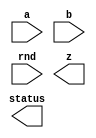

////////////////////////////////////////////////////////////////////////////////
//
//       This confidential and proprietary software may be used only
//     as authorized by a licensing agreement from Synopsys Inc.
//     In the event of publication, the following notice is applicable:
//
//                    (C) COPYRIGHT 2006 - 2013 SYNOPSYS INC.
//                           ALL RIGHTS RESERVED
//
//       The entire notice above must be reproduced on all authorized
//     copies.
//
//
// VERSION:   Verilog Simulation Model for DW_fp_div
//
// DesignWare_version: b22f5e44
// DesignWare_release: H-2013.03-DWBB_201303.2
//
////////////////////////////////////////////////////////////////////////////////

//-------------------------------------------------------------------------------
//
// ABSTRACT: Floating-Point Divider
//
//              DW_fp_div calculates the floating-point division
//              while supporting six rounding modes, including four IEEE
//              standard rounding modes.
//
//              parameters      valid values (defined in the DW manual)
//              ==========      ============
//              sig_width       significand size,  2 to 253 bits
//              exp_width       exponent size,     3 to 31 bits
//              ieee_compliance support the IEEE Compliance 
//                              0 - IEEE 754 compatible without denormal support
//                                  (NaN becomes Infinity, Denormal becomes Zero)
//                              1 - IEEE 754 compatible with denormal support
//                                  (NaN and denormal numbers are supported)
//              faithful_round  select the faithful_rounding that admits 1 ulp error
//                              0 - default value. it keeps all rounding modes
//                              1 - z has 1 ulp error. RND input does not affect
//                                  the output
//
//              Input ports     Size & Description
//              ===========     ==================
//              a               (sig_width + exp_width + 1)-bits
//                              Floating-point Number Input
//              b               (sig_width + exp_width + 1)-bits
//                              Floating-point Number Input
//              rnd             3 bits
//                              Rounding Mode Input
//
//              Output ports    Size & Description
//              ============    ==================
//              z               (sig_width + exp_width + 1)-bits
//                              Floating-point Number Output
//              status          8 bits
//                              Status Flags Output
//
// Modified:
//             Fixed the rounding error of denormal numbers 
//             when ieee_compliance = 1
//           Oct. 18. 2007 Kyung-Nam Han from 0712
//             Fixed the 'divide by zero' flag when 0/0 
//           Jan.  2. 2008 Kyung-Nam Han from 0712-SP1
//             New parameter, faithful_round, is introduced
//           Jun.  4. 2010 Kyung-Nam Han (from D-2010.03-SP3)
//             Removed VCS error [IRIPS] when sig_width = 2 and 3.
//
//-----------------------------------------------------------------------------

module DW_fp_div_48 (a, b, rnd, z, status);

  parameter sig_width = 17;      // range 2 to 253
  parameter exp_width = 6;       // range 3 to 31
  parameter ieee_compliance = 0; // range 0 to 1
  parameter faithful_round = 0;  // range 0 to 1

  input  [sig_width + exp_width:0] a;
  input  [sig_width + exp_width:0] b;
  input  [2:0] rnd;
  output [sig_width + exp_width:0] z;
  output [7:0] status;

  // synopsys translate_off



  //-------------------------------------------------------------------------
  // parameter legality check
  //-------------------------------------------------------------------------
    
  initial begin : parameter_check
    integer param_err_flg;

    param_err_flg = 0;
    
      
    if ( (sig_width < 2) || (sig_width > 253) ) begin
      param_err_flg = 1;
      $display(
	"ERROR: %m :\n  Invalid value (%d) for parameter sig_width (legal range: 2 to 253)",
	sig_width );
    end
      
    if ( (exp_width < 3) || (exp_width > 31) ) begin
      param_err_flg = 1;
      $display(
	"ERROR: %m :\n  Invalid value (%d) for parameter exp_width (legal range: 3 to 31)",
	exp_width );
    end
      
    if ( (ieee_compliance < 0) || (ieee_compliance > 1) ) begin
      param_err_flg = 1;
      $display(
	"ERROR: %m :\n  Invalid value (%d) for parameter ieee_compliance (legal range: 0 to 1)",
	ieee_compliance );
    end
      
    if ( (faithful_round < 0) || (faithful_round > 1) ) begin
      param_err_flg = 1;
      $display(
	"ERROR: %m :\n  Invalid value (%d) for parameter faithful_round (legal range: 0 to 1)",
	faithful_round );
    end
    
    if ( param_err_flg == 1) begin
      $display(
        "%m :\n  Simulation aborted due to invalid parameter value(s)");
      $finish;
    end

  end // parameter_check
  //-------------------------------------------------------------------------


  function [4-1:0] OIIlOlO1;
  
    input [2:0] rnd;
    input [0:0] I101O11O;
    input [0:0] I11110O0,O10110O1,O011IOO0;

    begin
      OIIlOlO1[0] = 0;
      OIIlOlO1[1] = O10110O1|O011IOO0;
      OIIlOlO1[2] = 0;
      OIIlOlO1[3] = 0;
      
      if ($time > 0)
      begin
        case (rnd)
          3'b000:
          begin
            // round to nearest (even)
            OIIlOlO1[0] = O10110O1&(I11110O0|O011IOO0);
            OIIlOlO1[2] = 1;
            OIIlOlO1[3] = 0;
          end
          3'b001:
          begin
            // round to zero
            OIIlOlO1[0] = 0;
            OIIlOlO1[2] = 0;
            OIIlOlO1[3] = 0;
          end
          3'b010:
          begin
            // round to positive infinity
            OIIlOlO1[0] = ~I101O11O & (O10110O1|O011IOO0);
            OIIlOlO1[2] = ~I101O11O;
            OIIlOlO1[3] = ~I101O11O;
          end
          3'b011:
          begin
            // round to negative infinity
            OIIlOlO1[0] = I101O11O & (O10110O1|O011IOO0);
            OIIlOlO1[2] = I101O11O;
            OIIlOlO1[3] = I101O11O;
          end
          3'b100:
          begin
            // round to nearest (up)
            OIIlOlO1[0] = O10110O1;
            OIIlOlO1[2] = 1;
            OIIlOlO1[3] = 0;
          end
          3'b101:
          begin
            // round away form 0
            OIIlOlO1[0] = O10110O1|O011IOO0;
            OIIlOlO1[2] = 1;
            OIIlOlO1[3] = 1;
          end
          default:
          begin
            $display("error! illegal rounding mode.\n");
            $display("a : %b", a);
            $display("rnd : %b", rnd);
          end
        endcase
      end
    end
  endfunction

  reg [(exp_width + sig_width):0] IOOIlI0I;
  reg [exp_width-1:0] l1l1O100,lO101111;
  reg [exp_width+1:0] lI00O00I;
  reg IOO1O01O;
  reg [exp_width+1:0] O10101O1;
  reg I1O1O11O;
  reg [exp_width+1:0] lO1O0OI1;
  reg signed [exp_width+1:0] IO10IOO1;
  reg l10OO10O;
  reg [sig_width:0] OlOO00lO,OOIl0010,IOOl0lII,l11Illl0,lO001Ol0;
  reg [sig_width:0] I0OI1lO0;
  reg [(2 * sig_width + 2)  :0] IOIlII10;
  reg [sig_width:0] O10110O1;
  reg O011IOO0,I101O11O;
  reg [1:0] lO011100;
  reg [4-1:0] I11IO1I1;
  reg [8    -1:0] OO000O0O;
  reg [(exp_width + sig_width):0] O00OO1I0;
  reg [(exp_width + sig_width):0] IIl1O10O;
  reg I00lIO1l;
  reg lOI111I1;
  reg O100O11l;
  reg l10OO1I0;
  reg l1O1Ol0O;
  reg I000lO00;
  reg l1OllI0I;
  reg lO00I10I;
  reg IIIl11O1;
  reg [sig_width - 1:0] OOO111OO;
  reg [sig_width - 1:0] l000I1O0;
  reg [7:0] O00O1Ol1;
  reg [7:0] II01O1O0;
  reg [exp_width + 1:0] OIIO0OOl;
  reg [sig_width:0] l0III011;
  reg [sig_width:0] OO0lIO1O;
  reg [sig_width:0] II0IIO1O;
  reg [8:0] O1lO00O0;
  reg [8:0] I0I0Il0O;
  reg [9:0] l110l11I;
  reg [sig_width + 9:0] IO00O1O1;
  reg IOOlIOOO;
  reg [8:0] OOI10OIO;
  reg [sig_width + 9:0] l0IO1lOO;
  reg [sig_width + 1:0] OO0OO1I0;
  reg [2 * sig_width - 7:0] O00OI010;
  reg [sig_width + 3:0] IOIlOO00;
  reg [sig_width + 3:0] O0O0IIII;
  reg [sig_width + 3:0] II11llO0;
  reg l0101100;
  reg [sig_width + 3:0] l0I1OOll;
  reg [((sig_width >= 11) ? 2 * sig_width - 21 : 0):0] OIlI10I1;
  reg [((sig_width >= 11) ? sig_width - 11 : 0):0] Ol1O10O0;
  reg [((sig_width >= 11) ? 2 * sig_width - 21 : 0):0] O1l11OIO;
  reg [sig_width + 3:0] Il101Il1;
  reg IOll10OO;
  reg [sig_width + 3:0] O0l0O011;
  reg [((sig_width >= 25) ? sig_width - 25 : 0):0] OOO01OO1;
  reg [((sig_width >= 24) ? 2 * sig_width - 47 : 0):0] O0O1011O;
  reg [((sig_width >= 24) ? 2 * sig_width - 47 : 0):0] llOO0II1;
  reg [((sig_width >= 25) ? sig_width - 25 : 0):0] O010I0IO;
  reg [sig_width + 3:0] OOOl110I;
  reg O00O00O1;
  reg [sig_width + 3:0] lI100I0I;
  reg [8:0] I10l01Il;
  reg [sig_width + 3:0] O1O0011O;
  reg [sig_width + 3:0] O1O1O01l;
  reg [sig_width + 3:0] l0I1OI0l;
  reg [8:8 - sig_width] IIOI0lOO;
  reg [sig_width:0] O11OOOOl;
  reg [sig_width:0] OO1110O0;
  reg [sig_width:0] I01II0I0;
  reg [sig_width:0] IOIOI010;
  reg IOO101lO;
  reg OlIlOOIO;
  reg I010IlI0;
  reg I11OIl0O;
  reg Ol01O010;


  always @(a or b or rnd) begin
    I101O11O = a[(exp_width + sig_width)] ^ b[(exp_width + sig_width)];
    l1l1O100 = a[((exp_width + sig_width) - 1):sig_width];
    lO101111 = b[((exp_width + sig_width) - 1):sig_width];
    OOO111OO = a[(sig_width - 1):0];
    l000I1O0 = b[(sig_width - 1):0];
    O00O1Ol1 = 0;
    II01O1O0 = 0;
    I0OI1lO0 = 0;

    OO000O0O = 0;

    // division table for special inputs
    //
    //  -------------------------------------------------
    //         a      /       b      |       result
    //  -------------------------------------------------
    //        nan     |      any     |        nan
    //        any     |      nan     |        nan
    //        inf     |      inf     |        nan
    //         0      |       0      |        nan
    //        inf     |      any     |        inf
    //        any     |       0      |        inf
    //         0      |      any     |         0
    //        any     |      inf     |         0
    //  -------------------------------------------------
    // when ieee_compliance = 0, 
    // denormal numbers are considered as zero and 
    // nans are considered as infinity

    if (ieee_compliance)
    begin
      I00lIO1l = (l1l1O100 == ((((1 << (exp_width-1)) +16) * 2) + 1)) & (OOO111OO == 0);
      lOI111I1 = (lO101111 == ((((1 << (exp_width-1)) +16) * 2) + 1)) & (l000I1O0 == 0);
      O100O11l = (l1l1O100 == ((((1 << (exp_width-1)) +16) * 2) + 1)) & (OOO111OO != 0);
      l10OO1I0 = (lO101111 == ((((1 << (exp_width-1)) +16) * 2) + 1)) & (l000I1O0 != 0);
      l1O1Ol0O = (l1l1O100 == 0) & (OOO111OO == 0);
      I000lO00 = (lO101111 == 0) & (l000I1O0 == 0);
      l1OllI0I = (l1l1O100 == 0) & (OOO111OO != 0);
      lO00I10I = (lO101111 == 0) & (l000I1O0 != 0);

      O00OO1I0 = {I101O11O, {(exp_width){1'b1}}, {(sig_width){1'b0}}}; 
      IIl1O10O = {1'b0, {(exp_width){1'b1}}, {(sig_width - 1){1'b0}}, 1'b1};
    end
    else
    begin
      I00lIO1l = (l1l1O100 == ((((1 << (exp_width-1)) +16) * 2) + 1));
      lOI111I1 = (lO101111 == ((((1 << (exp_width-1)) +16) * 2) + 1));
      O100O11l = 0;
      l10OO1I0 = 0;
      l1O1Ol0O = (l1l1O100 == 0);
      I000lO00 = (lO101111 == 0);
      l1OllI0I = 0;
      lO00I10I = 0;

      O00OO1I0 = {I101O11O, {(exp_width){1'b1}}, {(sig_width){1'b0}}};
      IIl1O10O = {1'b0, {(exp_width){1'b1}}, {(sig_width){1'b0}}};
    end

    //OO000O0O[7] = I000lO00 & ~l1O1Ol0O; 
    OO000O0O[7] = (ieee_compliance) ?
            I000lO00 & ~(l1O1Ol0O | O100O11l | I00lIO1l) :
            I000lO00 & ~(l1O1Ol0O | O100O11l); 

    if (O100O11l || l10OO1I0 || (I00lIO1l && lOI111I1) || (l1O1Ol0O && I000lO00))
    begin
      IOOIlI0I = IIl1O10O;
      OO000O0O[2] = 1;
    end
    else if (I00lIO1l || I000lO00)
    begin
      IOOIlI0I = O00OO1I0;
      OO000O0O[1] = 1;
    end
    else if (l1O1Ol0O || lOI111I1)
    begin
      OO000O0O[0] = 1;
      IOOIlI0I = 0;
      IOOIlI0I[(exp_width + sig_width)] = I101O11O;
    end
  
    else
    begin
      if (ieee_compliance) 
      begin

        if (l1OllI0I) 
        begin
          OlOO00lO = {1'b0, a[(sig_width - 1):0]};

          while(OlOO00lO[sig_width] != 1)
          begin
            OlOO00lO = OlOO00lO << 1;
            O00O1Ol1 = O00O1Ol1 + 1;
          end
        end 
        else
        begin
          OlOO00lO = {1'b1, a[(sig_width - 1):0]};
        end

        if (lO00I10I) 
        begin
          OOIl0010 = {1'b0, b[(sig_width - 1):0]};
          while(OOIl0010[sig_width] != 1)
          begin
            OOIl0010 = OOIl0010 << 1;
            II01O1O0 = II01O1O0 + 1;
          end
        end 
        else
        begin
          OOIl0010 = {1'b1, b[(sig_width - 1):0]};
        end
      end
      else
      begin
        OlOO00lO = {1'b1, a[(sig_width - 1):0]};
        OOIl0010 = {1'b1, b[(sig_width - 1):0]};
      end

      I010IlI0 = (OlOO00lO == OOIl0010);
      Ol01O010 = (OOIl0010[sig_width - 1:0] == 0);
      l0III011 = OlOO00lO;
      OO0lIO1O = (ieee_compliance) ? OOIl0010 : {1'b1, l000I1O0};
      II0IIO1O = (faithful_round) ? OO0lIO1O : {OO0lIO1O, 1'b0};
      O1lO00O0 = (sig_width >= 9) ? II0IIO1O[sig_width - 1:((sig_width >= 9) ? sig_width - 9 : 0)] : {II0IIO1O[sig_width - 1:0], {(((sig_width >= 9) ? 1 : 9 - sig_width)){1'b0}}};
      l110l11I = {1'b1, O1lO00O0[8:0]};
      I0I0Il0O = {1'b1, 18'b0} / (l110l11I + 1);
      IO00O1O1 = I0I0Il0O * l0III011;
      IOOlIOOO = IO00O1O1[sig_width + 9];
      OOI10OIO = (IOOlIOOO) ? IO00O1O1[sig_width + 9:sig_width + 1] : IO00O1O1[sig_width + 8:sig_width];
      l0IO1lOO = II0IIO1O * I0I0Il0O;
      OO0OO1I0 = ~l0IO1lOO[sig_width + 1:0];
      O00OI010 = IO00O1O1[((sig_width <= 3) ? 0 : sig_width + 9):((sig_width <= 3) ? 0 : 13)] * OO0OO1I0[((sig_width <= 3) ? 0 : sig_width + 1):((sig_width <= 3) ? 0 : 5)];
      IOIlOO00 = IO00O1O1[sig_width + 9:6];
      O0O0IIII = {6'b0, O00OI010[2 * (sig_width - 3) - 1:2 * (sig_width - 3) - 1 - sig_width + 5 - 1]};
      II11llO0 = IOIlOO00 + O0O0IIII;
      l0101100 = II11llO0[sig_width + 3];
      l0I1OOll = (sig_width <= 14) ? ((l0101100) ? II11llO0 : {II11llO0[sig_width + 2:0], 1'b0}) : II11llO0;
      OIlI10I1 = (sig_width >= 11) ? OO0OO1I0[((sig_width >= 11) ? sig_width + 1 : 0):((sig_width >= 11) ? 12 : 0)] * OO0OO1I0[((sig_width >= 11) ? sig_width + 1 : 0):((sig_width >= 11) ? 12 : 0)] : 0;
      Ol1O10O0 = (sig_width >= 11) ? OIlI10I1[((sig_width >= 11) ? 2 * sig_width - 21 : 0):((sig_width >= 11) ? sig_width - 10 : 0)] : 0;
      O1l11OIO = (sig_width >= 11) ? l0I1OOll[((sig_width >= 11) ? sig_width + 3 : 0):((sig_width >= 11) ? 14 : 0)] * Ol1O10O0 : 0;
      Il101Il1 = l0I1OOll + O1l11OIO[((sig_width >= 11) ? 2 * sig_width - 21 : 0):((sig_width >= 11) ? sig_width - 10 : 0)];
      IOll10OO = Il101Il1[sig_width + 3];
      O0l0O011 = (sig_width <= 30) ? ((IOll10OO) ? Il101Il1 : {Il101Il1[sig_width + 2:0], 1'b0}) : Il101Il1;
      OOO01OO1 = (sig_width >= 25) ? Ol1O10O0[((sig_width >= 25) ? sig_width - 11 : 0):((sig_width >= 25) ? 13 : 0)] : 0;
      O0O1011O = OOO01OO1 * OOO01OO1;
      llOO0II1 = (sig_width >= 25) ? O0l0O011[((sig_width >= 25) ? sig_width + 3 : 0):((sig_width >= 25) ? 27 : 0)] * O0O1011O[((sig_width >= 25) ? 2 * sig_width - 47 : 0):((sig_width >= 25) ? sig_width - 23 : 0)] : 0;
      O010I0IO = (sig_width >= 25) ? llOO0II1[((sig_width >= 25) ? 2 * sig_width - 47 : 0):((sig_width >= 25) ? sig_width - 22 : 0)] : 0;
      OOOl110I = O0l0O011 + O010I0IO;
      O00O00O1 = OOOl110I[sig_width + 3];
      lI100I0I = ((O00O00O1) ? OOOl110I : {OOOl110I[sig_width + 2:0], 1'b0});
      I10l01Il = (sig_width == 8) ? OOI10OIO + 1 : 
               (sig_width < 8)  ? OOI10OIO + {1'b1, {(((sig_width >= 8) ? 1 : ((sig_width >= 8) ? 0 : 8 - sig_width - 1) + 1)){1'b0}}} : 
                                  0;
      O1O0011O = l0I1OOll + 4'b1000;
      O1O1O01l = O0l0O011 + 4'b1000;
      l0I1OI0l = lI100I0I + 4'b1000;
      IIOI0lOO = (sig_width == 8)  ? OOI10OIO[8:0] : 
                   (OOI10OIO[((sig_width >= 8) ? 0 : 8 - sig_width - 1)]) ? I10l01Il[8:((sig_width >= 8) ? 0 : 8 - sig_width - 1) + 1] : 
                                       OOI10OIO[8:((sig_width >= 8) ? 0 : 8 - sig_width - 1) + 1];
      O11OOOOl = (l0I1OOll[2]) ? O1O0011O[sig_width + 3:3] : l0I1OOll[sig_width + 3:3];
      OO1110O0 = (O0l0O011[2]) ? O1O1O01l[sig_width + 3:3] : O0l0O011[sig_width + 3:3];
      I01II0I0 = (lI100I0I[2]) ? l0I1OI0l[sig_width + 3:3] : lI100I0I[sig_width + 3:3];
      IOIOI010 = (sig_width <= 8) ? IIOI0lOO : (sig_width <= 14) ? O11OOOOl : (sig_width <= 30) ? OO1110O0 : I01II0I0;
      I11OIl0O = (faithful_round) ? (IOIOI010 == 0) : 0;
      IOO101lO = (sig_width <= 8) ? IOOlIOOO: (sig_width <= 14) ? l0101100 : (sig_width <= 30) ? IOll10OO : O00O00O1;
      OlIlOOIO = ~I010IlI0 & (l000I1O0 != 0);

      IOIlII10 = {OlOO00lO,{(sig_width + 2){1'b0}}} / OOIl0010;
      O10110O1 = (faithful_round) ? OlIlOOIO : {OlOO00lO,{(sig_width + 2){1'b0}}} % OOIl0010;

      lI00O00I = (l1l1O100 - O00O1Ol1 + l1OllI0I) - (lO101111 - II01O1O0 + lO00I10I) + ((1 << (exp_width-1)) +16);
      O10101O1 = lI00O00I-1;

      l11Illl0 = (faithful_round) ?
                   ((Ol01O010 & ~ieee_compliance) ? l0III011 : IOIOI010) :
                   ((~IOIlII10[(sig_width + 2)]) ? IOIlII10[(sig_width + 2) - 1:1] : IOIlII10[(sig_width + 2):2]);
      lO011100 = ~IOIlII10[(sig_width + 2)] ? IOIlII10[1:0] : IOIlII10[2:1];
      IO10IOO1 = ~IOIlII10[(sig_width + 2)] ? O10101O1 : lI00O00I;
      IIIl11O1 = ((IO10IOO1 <= 0) | (IO10IOO1[exp_width + 1] == 1));
      O011IOO0 = (faithful_round) ? 
              ((Ol01O010 | I010IlI0) & ~IIIl11O1 ? 0 : 1) :
              ((O10110O1===0)?1'b0:1'b1); 


      if (ieee_compliance) begin
        if ((IO10IOO1 <= 0) | (IO10IOO1[exp_width + 1] == 1)) begin

          OIIO0OOl = 1 - IO10IOO1;
        
          {l11Illl0, I0OI1lO0} = {l11Illl0, {(sig_width + 1){1'b0}}} >> OIIO0OOl;

          if (OIIO0OOl > sig_width + 1) begin
            O011IOO0 = 1;
          end

          lO011100[1] = l11Illl0[0];
          lO011100[0] = I0OI1lO0[sig_width];

          if (I0OI1lO0[sig_width - 1:0] != 0) begin
            O011IOO0 = 1;
          end
        end
      end

      I11IO1I1 = OIIlOlO1(rnd, I101O11O, lO011100[1], lO011100[0], O011IOO0);
   
      lO001Ol0 = (faithful_round) ? l11Illl0 :
                    (I11IO1I1[0] === 1)? (l11Illl0+1):l11Illl0;

      if ((IO10IOO1 >= ((((1 << (exp_width-1)) +16) * 2) + 1)) & (IO10IOO1[exp_width+1] === 1'b0))
      begin
        OO000O0O[4] = 1;
        OO000O0O[5] = 1;
        if(I11IO1I1[2] === 1)
        begin
          IOOl0lII = O00OO1I0[sig_width:0];
          lO1O0OI1 = ((((1 << (exp_width-1)) +16) * 2) + 1);
          OO000O0O[1] = 1;
        end
        else
        begin
          IOOl0lII = -1;
          lO1O0OI1 = ((((1 << (exp_width-1)) +16) * 2) + 1) - 1;
        end
      end
  
      else if ((IO10IOO1 <= 0) | (IO10IOO1[exp_width+1] === 1'b1)) begin
        OO000O0O[3] = 1;

        if (ieee_compliance == 0) begin
          OO000O0O[5] = 1;

          if(I11IO1I1[3] === 1) begin
            IOOl0lII = 0;
            lO1O0OI1 = 0 + 1;
          end
          else begin
            IOOl0lII = 0;
            lO1O0OI1 = 0;
            OO000O0O[0] = 1;
          end
        end
        else begin
          IOOl0lII = lO001Ol0;

          lO1O0OI1 = lO001Ol0[sig_width];

        end
      end
      else begin
        IOOl0lII = (I010IlI0 & faithful_round) ? 0 : lO001Ol0;
        lO1O0OI1 = IO10IOO1;
      end

      if ((IOOl0lII[sig_width - 1:0] == 0) & (lO1O0OI1[exp_width - 1:0] == 0)) begin
        OO000O0O[0] = 1;
      end
  
      OO000O0O[5] = OO000O0O[5] | I11IO1I1[1];
   
      IOOIlI0I = {I101O11O,lO1O0OI1[exp_width-1:0],IOOl0lII[sig_width-1:0]};
    end
  end
   
  assign status = ((^(a ^ a) !== 1'b0) || (^(b ^ b) !== 1'b0) || (^(rnd ^ rnd) !== 1'b0)) ? {8'bx} : OO000O0O;
  assign z = ((^(a ^ a) !== 1'b0) || (^(b ^ b) !== 1'b0) || (^(rnd ^ rnd) !== 1'b0)) ? {8'bx} : IOOIlI0I;

  // synopsys translate_on

endmodule